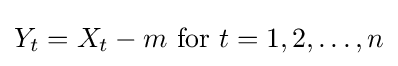
Y_{t}=X_{t}-m{\text{  for }}t=1,2,\dots ,n